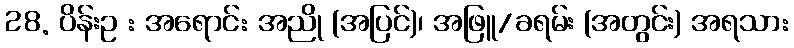
28. ပိန်းဥ : အရောင်: အညို (အပြင်)၊ အဖြူ/ခရမ်း (အတွင်း) အရသာ: